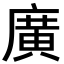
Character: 廣